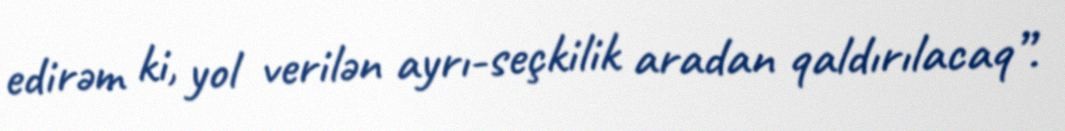
edirəm ki, yol verilən ayrı-seçkilik aradan qaldırılacaq”.